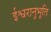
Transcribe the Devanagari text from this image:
ईश्वरानुभूति